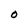
Character: O